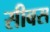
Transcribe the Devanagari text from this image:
सीबस